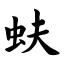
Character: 蚨